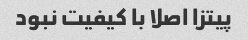
پیتزا اصلا با کیفیت نبود